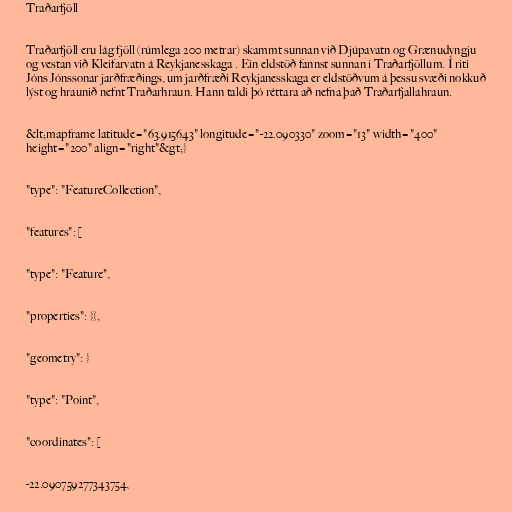
Traðarfjöll

Traðarfjöll eru lág fjöll (rúmlega 200 metrar) skammt sunnan við Djúpavatn og Grænudyngju
og vestan við Kleifarvatn á Reykjanesskaga . Ein eldstöð fannst sunnan í Traðarfjöllum. Í riti
Jóns Jónssonar jarðfræðings, um jarðfræði Reykjanesskaga er eldstöðvum á þessu svæði nokkuð
lýst og hraunið nefnt Traðarhraun. Hann taldi þó réttara að nefna það Traðarfjallahraun.

&lt;mapframe latitude="63.915643" longitude="-22.090330" zoom="13" width="400"
height="200" align="right"&gt;{

"type": "FeatureCollection",

"features": [

"type": "Feature",

"properties": {},

"geometry": {

"type": "Point",

"coordinates": [

-22.090759277343754,